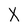
Character: X